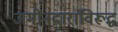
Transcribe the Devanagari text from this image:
जमीनदारांविरूद्घ